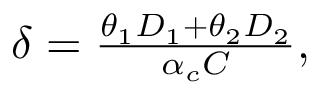
\begin{array} { r } { \delta = \frac { \theta _ { 1 } D _ { 1 } + \theta _ { 2 } D _ { 2 } } { \alpha _ { c } C } , } \end{array}